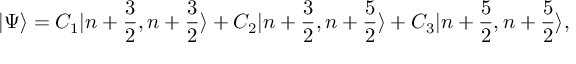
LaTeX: | \Psi \rangle = C _ { 1 } | n + \frac { 3 } { 2 } , n + \frac { 3 } { 2 } \rangle + C _ { 2 } | n + \frac { 3 } { 2 } , n + \frac { 5 } { 2 } \rangle + C _ { 3 } | n + \frac { 5 } { 2 } , n + \frac { 5 } { 2 } \rangle ,